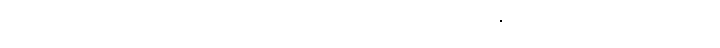
ဘိုးတော်ဘုရားလက်ထက်မှာ ပေါ်ထွန်းတဲ့ မယ်လုပ်ရဲ့ စံရာဘုံမြင့်ညီးလင်း အစချီ